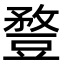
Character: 䜼